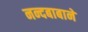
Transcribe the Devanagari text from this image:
नन्दबाबाने